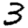
Digit: 3